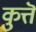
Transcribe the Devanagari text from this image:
कुत्तॆ